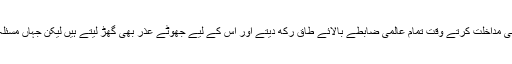
عالمی طاقتوں کی منافقت دیکھیے کہ وہ اپنے عالمی سامراجی مقاصدکے تحت دوسرے ملکوں میں فوجی یا سیاسی مداخلت کرتے وقت تمام عالمی ضابطے بالائے طاق رکھ دیتے اور اس کے لیے جھوٹے عذر بھی گھڑ لیتے ہیں لیکن جہاں مسئلہ کشمیرکی بات ہو کمال عیاری سے کہہ دیتے ہیں کہ اسے پاکستان اور بھارت دوطرفہ مذاکرات سے حل کریں۔